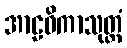
အာဠဝိကာသုတ္တံ